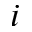
i